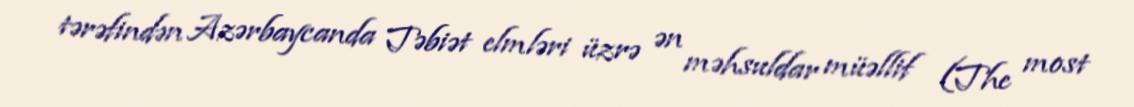
tərəfindən Azərbaycanda Təbiət elmləri üzrə ən məhsuldar müəllif (The most